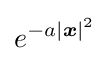
e^{-a\vert {\boldsymbol {x}}\vert ^{2}}